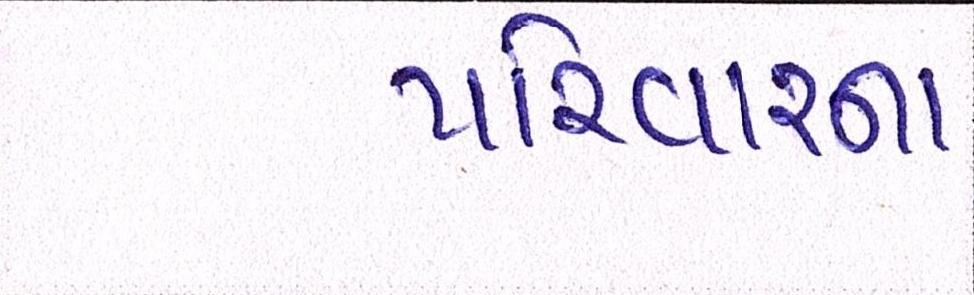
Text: પરિવારના